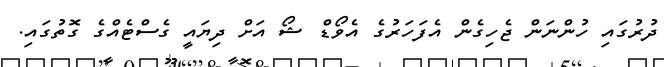
ދުރުގައި ހުންނަން ޖެހިގެން އެފަހަރުގެ އެވޯޑް ޝޯ އަށް ދިޔައީ ގެސްޓެއްގެ ގޮތުގައި.